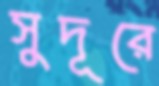
সুদূরে